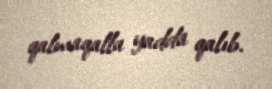
qalmaqalla yadda qalıb.